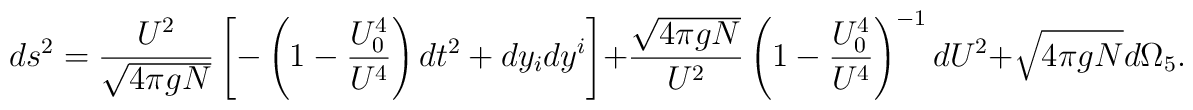
ds^2 = {U^2\over \sqrt{4\pi gN}} \left[-\left(1-{U_0^4\over U^4}\right) dt^2 + dy_idy^i\right]+ {\sqrt{4\pi gN}\over U^2}\left(1-{U_0^4\over U^4}\right)^{-1} dU^2 + \sqrt{4\pi gN} d\Omega_5.